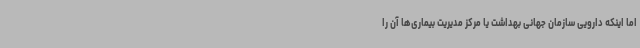
اما اینکه دارویی سازمان جهانی بهداشت یا مرکز مدیریت بیماری‌ها آن را